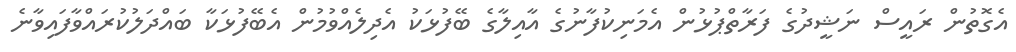
އެގޮތުން ރައީސް ނަޝީދުގެ ފަރާތްޕުޅުން އެމަނިކުފާނުގެ އާއިލާގެ ބޭފުޅަކު އެދިލެއްވުމުން އެބޭފުޅަކާ ބައްދަލުކުރައްވާފައިވާނެ